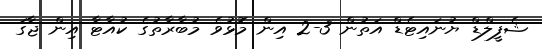
ޝެފީލްޑް ޔުނައިޓެޑް އަތުން 3-2 އިން މޮޅުވެ މުބާރާތުގެ ކުއާޓާ އިން ޖާގަ